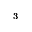
_ { 3 }